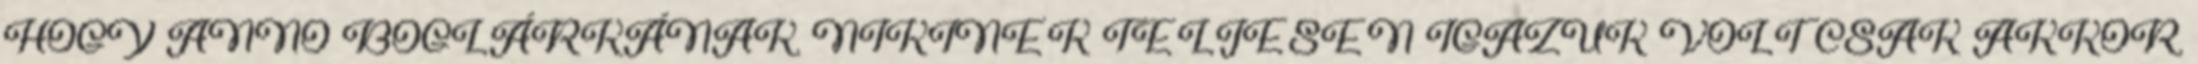
HOGY ANNO BOGLÁRKÁNAK, NIKINEK TELJESEN IGAZUK VOLT CSAK AKKOR,